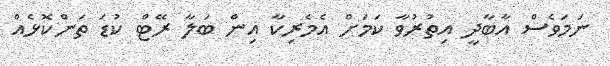
ނަމަވެސް އާބާދީ އިތުރުވާ ކަމަށް އެމެރިކާ އިން ބަލާ ރޭޓް ކުޑަ ތަންކޮޅެއް